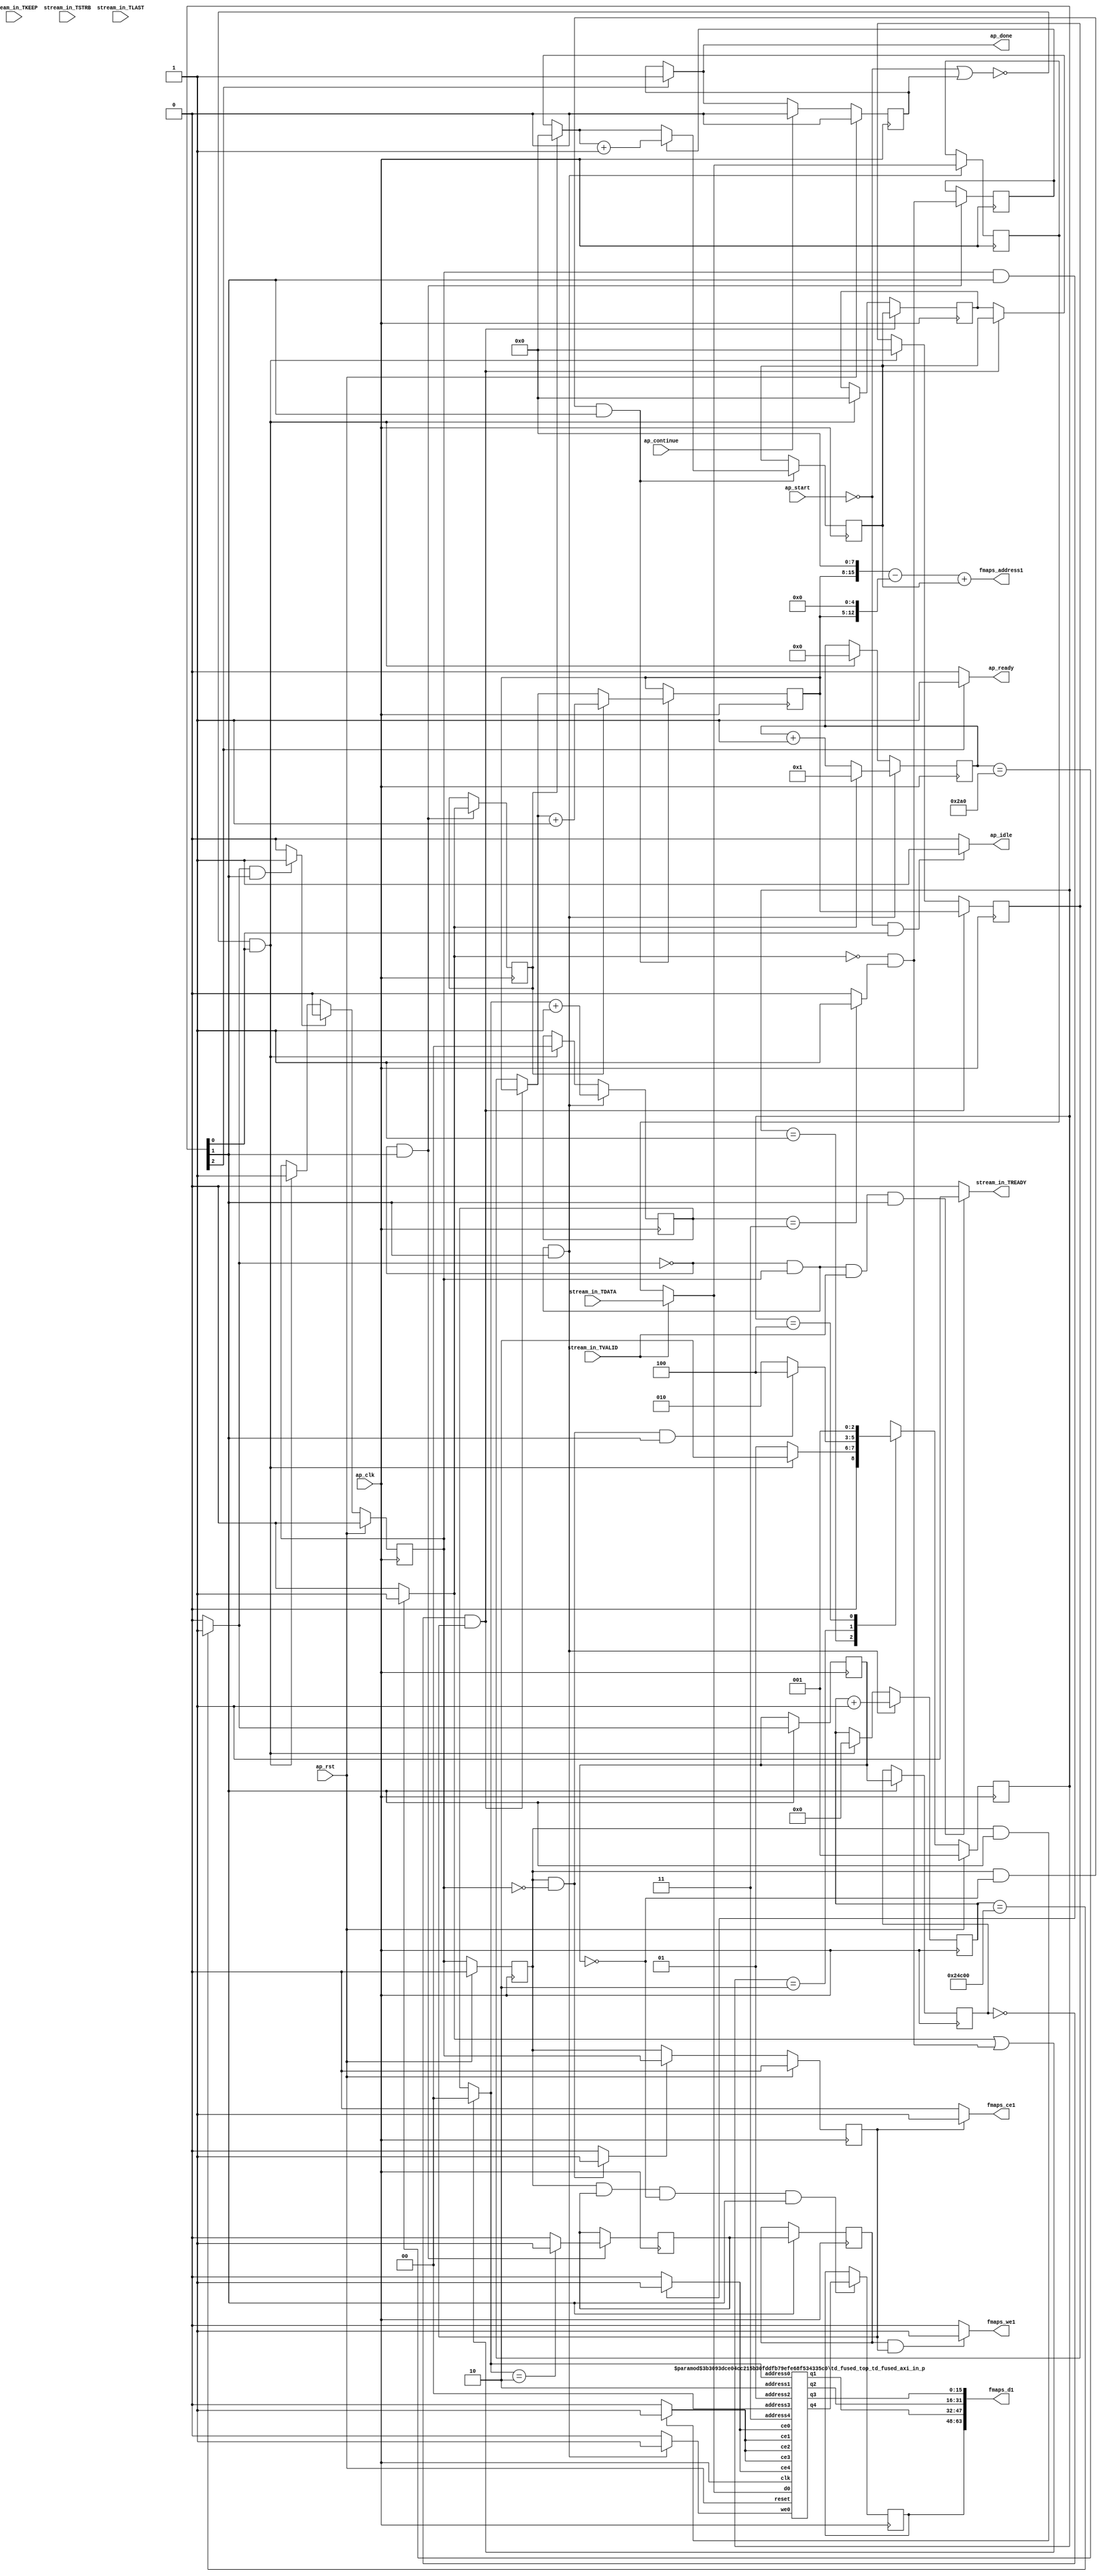
`define EXPONENT 5
`define MANTISSA 10
`define ACTUAL_MANTISSA 11
`define EXPONENT_LSB 10
`define EXPONENT_MSB 14
`define MANTISSA_LSB 0
`define MANTISSA_MSB 9
`define MANTISSA_MUL_SPLIT_LSB 3
`define MANTISSA_MUL_SPLIT_MSB 9
`define SIGN 1
`define SIGN_LOC 15
`define DWIDTH (`SIGN+`EXPONENT+`MANTISSA)
`define IEEE_COMPLIANCE 1

module td_fused_top_td_fused_axi_in (
        ap_clk,
        ap_rst,
        ap_start,
        ap_done,
        ap_continue,
        ap_idle,
        ap_ready,
        stream_in_TDATA,
        stream_in_TVALID,
        stream_in_TREADY,
        stream_in_TKEEP,
        stream_in_TSTRB,
        stream_in_TLAST,
        fmaps_address1,
        fmaps_ce1,
        fmaps_we1,
        fmaps_d1
);

parameter    ap_ST_fsm_state1 = 3'd1;
parameter    ap_ST_fsm_pp0_stage0 = 3'd2;
parameter    ap_ST_fsm_state5 = 3'd4;

input   ap_clk;
input   ap_rst;
input   ap_start;
output   ap_done;
input   ap_continue;
output   ap_idle;
output   ap_ready;
input  [15:0] stream_in_TDATA;
input   stream_in_TVALID;
output   stream_in_TREADY;
input  [1:0] stream_in_TKEEP;
input  [1:0] stream_in_TSTRB;
input  [0:0] stream_in_TLAST;
output  [15:0] fmaps_address1;
output   fmaps_ce1;
output   fmaps_we1;
output  [63:0] fmaps_d1;

reg ap_done;
reg ap_idle;
reg ap_ready;
reg stream_in_TREADY;
reg fmaps_ce1;
reg fmaps_we1;

reg    ap_done_reg;
  reg   [2:0] ap_CS_fsm;
wire    ap_CS_fsm_state1;
reg   [17:0] indvar_flatten16_reg_187;
reg   [9:0] indvar_flatten_reg_198;
reg   [1:0] ch_reg_209;
reg   [7:0] r_reg_220;
reg   [7:0] c_reg_231;
wire   [17:0] add_ln17_fu_242_p2;
wire    ap_CS_fsm_pp0_stage0;
reg    ap_enable_reg_pp0_iter0;
wire    ap_block_state2_pp0_stage0_iter0;
wire    ap_block_state3_pp0_stage0_iter1;
wire    ap_block_state4_pp0_stage0_iter2;
wire    ap_block_pp0_stage0_11001;
wire   [0:0] icmp_ln17_fu_248_p2;
reg   [0:0] icmp_ln17_reg_482;
reg   [0:0] icmp_ln17_reg_482_pp0_iter1_reg;
wire   [0:0] icmp_ln18_fu_257_p2;
reg   [0:0] icmp_ln18_reg_486;
wire   [0:0] and_ln22_fu_275_p2;
reg   [0:0] and_ln22_reg_492;
wire   [0:0] icmp_ln25_fu_321_p2;
reg   [0:0] icmp_ln25_reg_497;
reg   [0:0] icmp_ln25_reg_497_pp0_iter1_reg;
wire   [1:0] add_ln20_fu_332_p2;
wire   [9:0] select_ln18_fu_344_p3;
wire   [7:0] select_ln22_1_fu_365_p3;
reg   [7:0] select_ln22_1_reg_511;
reg    ap_enable_reg_pp0_iter1;
wire   [7:0] select_ln19_55_fu_378_p3;
reg   [7:0] select_ln19_55_reg_518;
wire   [15:0] p_q4;
reg   [15:0] p_load_3_reg_524;
reg    ap_block_state1;
wire    ap_block_pp0_stage0_subdone;
reg    ap_condition_pp0_flush_enable;
reg    ap_condition_pp0_exit_iter1_state3;
reg    ap_enable_reg_pp0_iter2;
wire   [1:0] p_address0;
reg    p_ce0;
reg    p_we0;
wire   [15:0] p_d0;
wire   [1:0] p_address1;
reg    p_ce1;
wire   [15:0] p_q1;
wire   [1:0] p_address2;
reg    p_ce2;
wire   [15:0] p_q2;
wire   [1:0] p_address3;
reg    p_ce3;
wire   [15:0] p_q3;
wire   [1:0] p_address4;
reg    p_ce4;
reg   [7:0] ap_phi_mux_r_phi_fu_224_p4;
wire    ap_block_pp0_stage0;
reg   [7:0] ap_phi_mux_c_phi_fu_235_p4;
wire   [63:0] zext_ln20_fu_295_p1;
wire   [63:0] zext_ln27_2_fu_418_p1;
reg   [15:0] tmp_data_1_fu_90;
wire   [15:0] tmp_data_fu_312_p3;
wire   [0:0] empty_169_nbread_fu_98_p5_0;
wire   [0:0] icmp_ln20_fu_269_p2;
wire   [0:0] xor_ln22_fu_263_p2;
wire   [0:0] or_ln19_fu_281_p2;
wire   [1:0] select_ln19_fu_287_p3;
wire   [15:0] tmp_data_2_fu_308_p1;
wire   [9:0] add_ln18_2_fu_338_p2;
wire   [7:0] r_2_fu_352_p2;
wire   [7:0] select_ln22_fu_358_p3;
wire   [7:0] c_2_fu_372_p2;
wire   [12:0] tmp_76_fu_392_p3;
wire   [15:0] tmp_fu_385_p3;
wire   [15:0] zext_ln27_fu_399_p1;
wire   [15:0] sub_ln27_fu_403_p2;
wire   [15:0] zext_ln27_1_fu_409_p1;
wire   [15:0] add_ln27_fu_412_p2;
wire   [15:0] bitcast_ln27_3_fu_435_p1;
wire   [15:0] bitcast_ln27_2_fu_431_p1;
wire   [15:0] bitcast_ln27_1_fu_427_p1;
wire   [15:0] bitcast_ln27_fu_423_p1;
wire    ap_CS_fsm_state5;
reg   [2:0] ap_NS_fsm;
reg    ap_idle_pp0;
wire    ap_enable_pp0;
wire    ap_ce_reg;

// power-on initialization
initial begin
#0 ap_done_reg = 1'b0;
#0 ap_CS_fsm = 3'd1;
#0 ap_enable_reg_pp0_iter0 = 1'b0;
#0 ap_enable_reg_pp0_iter1 = 1'b0;
#0 ap_enable_reg_pp0_iter2 = 1'b0;
end

td_fused_top_td_fused_axi_in_p #(
    .DataWidth( 16 ),
    .AddressRange( 4 ),
    .AddressWidth( 2 ))
p_U(
    .reset(ap_rst),
    .clk(ap_clk),
    .address0(p_address0),
    .ce0(p_ce0),
    .we0(p_we0),
    .d0(p_d0),
    .address1(p_address1),
    .ce1(p_ce1),
    .q1(p_q1),
    .address2(p_address2),
    .ce2(p_ce2),
    .q2(p_q2),
    .address3(p_address3),
    .ce3(p_ce3),
    .q3(p_q3),
    .address4(p_address4),
    .ce4(p_ce4),
    .q4(p_q4)
);

always @ (posedge ap_clk) begin
    if (ap_rst == 1'b1) begin
        ap_CS_fsm <= ap_ST_fsm_state1;
    end else begin
        ap_CS_fsm <= ap_NS_fsm;
    end
end

always @ (posedge ap_clk) begin
    if (ap_rst == 1'b1) begin
        ap_done_reg <= 1'b0;
    end else begin
        if ((ap_continue == 1'b1)) begin
            ap_done_reg <= 1'b0;
        end else if ((1'b1 == ap_CS_fsm_state5)) begin
            ap_done_reg <= 1'b1;
        end
    end
end

always @ (posedge ap_clk) begin
    if (ap_rst == 1'b1) begin
        ap_enable_reg_pp0_iter0 <= 1'b0;
    end else begin
        if ((1'b1 == ap_condition_pp0_flush_enable)) begin
            ap_enable_reg_pp0_iter0 <= 1'b0;
        end else if ((~((ap_start == 1'b0) | (ap_done_reg == 1'b1)) & (1'b1 == ap_CS_fsm_state1))) begin
            ap_enable_reg_pp0_iter0 <= 1'b1;
        end
    end
end

always @ (posedge ap_clk) begin
    if (ap_rst == 1'b1) begin
        ap_enable_reg_pp0_iter1 <= 1'b0;
    end else begin
        if ((1'b0 == ap_block_pp0_stage0_subdone)) begin
            ap_enable_reg_pp0_iter1 <= ap_enable_reg_pp0_iter0;
        end else if ((((1'b0 == ap_block_pp0_stage0_subdone) & (ap_enable_reg_pp0_iter0 == 1'b0) & (1'b1 == ap_condition_pp0_exit_iter1_state3)) | (~((ap_start == 1'b0) | (ap_done_reg == 1'b1)) & (1'b1 == ap_CS_fsm_state1)))) begin
            ap_enable_reg_pp0_iter1 <= 1'b0;
        end
    end
end

always @ (posedge ap_clk) begin
    if (ap_rst == 1'b1) begin
        ap_enable_reg_pp0_iter2 <= 1'b0;
    end else begin
        if (((1'b0 == ap_block_pp0_stage0_subdone) & (1'b1 == ap_condition_pp0_exit_iter1_state3))) begin
            ap_enable_reg_pp0_iter2 <= ap_enable_reg_pp0_iter0;
        end else if ((1'b0 == ap_block_pp0_stage0_subdone)) begin
            ap_enable_reg_pp0_iter2 <= ap_enable_reg_pp0_iter1;
        end else if ((~((ap_start == 1'b0) | (ap_done_reg == 1'b1)) & (1'b1 == ap_CS_fsm_state1))) begin
            ap_enable_reg_pp0_iter2 <= 1'b0;
        end
    end
end

always @ (posedge ap_clk) begin
    if (((icmp_ln17_reg_482_pp0_iter1_reg == 1'd0) & (1'b0 == ap_block_pp0_stage0_11001) & (ap_enable_reg_pp0_iter2 == 1'b1))) begin
        c_reg_231 <= select_ln19_55_reg_518;
    end else if ((~((ap_start == 1'b0) | (ap_done_reg == 1'b1)) & (1'b1 == ap_CS_fsm_state1))) begin
        c_reg_231 <= 8'd0;
    end
end

always @ (posedge ap_clk) begin
    if (((icmp_ln17_fu_248_p2 == 1'd0) & (1'b0 == ap_block_pp0_stage0_11001) & (ap_enable_reg_pp0_iter0 == 1'b1) & (1'b1 == ap_CS_fsm_pp0_stage0))) begin
        ch_reg_209 <= add_ln20_fu_332_p2;
    end else if ((~((ap_start == 1'b0) | (ap_done_reg == 1'b1)) & (1'b1 == ap_CS_fsm_state1))) begin
        ch_reg_209 <= 2'd0;
    end
end

always @ (posedge ap_clk) begin
    if (((icmp_ln17_fu_248_p2 == 1'd0) & (1'b0 == ap_block_pp0_stage0_11001) & (ap_enable_reg_pp0_iter0 == 1'b1) & (1'b1 == ap_CS_fsm_pp0_stage0))) begin
        indvar_flatten16_reg_187 <= add_ln17_fu_242_p2;
    end else if ((~((ap_start == 1'b0) | (ap_done_reg == 1'b1)) & (1'b1 == ap_CS_fsm_state1))) begin
        indvar_flatten16_reg_187 <= 18'd0;
    end
end

always @ (posedge ap_clk) begin
    if (((icmp_ln17_fu_248_p2 == 1'd0) & (1'b0 == ap_block_pp0_stage0_11001) & (ap_enable_reg_pp0_iter0 == 1'b1) & (1'b1 == ap_CS_fsm_pp0_stage0))) begin
        indvar_flatten_reg_198 <= select_ln18_fu_344_p3;
    end else if ((~((ap_start == 1'b0) | (ap_done_reg == 1'b1)) & (1'b1 == ap_CS_fsm_state1))) begin
        indvar_flatten_reg_198 <= 10'd0;
    end
end

always @ (posedge ap_clk) begin
    if (((icmp_ln17_reg_482_pp0_iter1_reg == 1'd0) & (1'b0 == ap_block_pp0_stage0_11001) & (ap_enable_reg_pp0_iter2 == 1'b1))) begin
        r_reg_220 <= select_ln22_1_reg_511;
    end else if ((~((ap_start == 1'b0) | (ap_done_reg == 1'b1)) & (1'b1 == ap_CS_fsm_state1))) begin
        r_reg_220 <= 8'd0;
    end
end

always @ (posedge ap_clk) begin
    if (((icmp_ln17_fu_248_p2 == 1'd0) & (1'b0 == ap_block_pp0_stage0_11001) & (1'b1 == ap_CS_fsm_pp0_stage0))) begin
        and_ln22_reg_492 <= and_ln22_fu_275_p2;
        icmp_ln18_reg_486 <= icmp_ln18_fu_257_p2;
        icmp_ln25_reg_497 <= icmp_ln25_fu_321_p2;
    end
end

always @ (posedge ap_clk) begin
    if (((1'b0 == ap_block_pp0_stage0_11001) & (1'b1 == ap_CS_fsm_pp0_stage0))) begin
        icmp_ln17_reg_482 <= icmp_ln17_fu_248_p2;
        icmp_ln17_reg_482_pp0_iter1_reg <= icmp_ln17_reg_482;
        icmp_ln25_reg_497_pp0_iter1_reg <= icmp_ln25_reg_497;
    end
end

always @ (posedge ap_clk) begin
    if (((ap_enable_reg_pp0_iter1 == 1'b1) & (icmp_ln25_reg_497 == 1'd1) & (icmp_ln17_reg_482 == 1'd0) & (1'b0 == ap_block_pp0_stage0_11001) & (1'b1 == ap_CS_fsm_pp0_stage0))) begin
        p_load_3_reg_524 <= p_q4;
    end
end

always @ (posedge ap_clk) begin
    if (((ap_enable_reg_pp0_iter1 == 1'b1) & (icmp_ln17_reg_482 == 1'd0) & (1'b0 == ap_block_pp0_stage0_11001) & (1'b1 == ap_CS_fsm_pp0_stage0))) begin
        select_ln19_55_reg_518 <= select_ln19_55_fu_378_p3;
        select_ln22_1_reg_511 <= select_ln22_1_fu_365_p3;
    end
end

always @ (posedge ap_clk) begin
    if (((icmp_ln17_fu_248_p2 == 1'd0) & (1'b0 == ap_block_pp0_stage0_11001) & (ap_enable_reg_pp0_iter0 == 1'b1) & (1'b1 == ap_CS_fsm_pp0_stage0))) begin
        tmp_data_1_fu_90 <= tmp_data_fu_312_p3;
    end
end

always @ (*) begin
    if (((ap_enable_reg_pp0_iter1 == 1'b1) & (ap_enable_reg_pp0_iter0 == 1'b0))) begin
        ap_condition_pp0_exit_iter1_state3 = 1'b1;
    end else begin
        ap_condition_pp0_exit_iter1_state3 = 1'b0;
    end
end

always @ (*) begin
    if (((icmp_ln17_fu_248_p2 == 1'd1) & (1'b0 == ap_block_pp0_stage0_subdone) & (1'b1 == ap_CS_fsm_pp0_stage0))) begin
        ap_condition_pp0_flush_enable = 1'b1;
    end else begin
        ap_condition_pp0_flush_enable = 1'b0;
    end
end

always @ (*) begin
    if ((1'b1 == ap_CS_fsm_state5)) begin
        ap_done = 1'b1;
    end else begin
        ap_done = ap_done_reg;
    end
end

always @ (*) begin
    if (((ap_start == 1'b0) & (1'b1 == ap_CS_fsm_state1))) begin
        ap_idle = 1'b1;
    end else begin
        ap_idle = 1'b0;
    end
end

always @ (*) begin
    if (((ap_enable_reg_pp0_iter1 == 1'b0) & (ap_enable_reg_pp0_iter0 == 1'b0) & (ap_enable_reg_pp0_iter2 == 1'b0))) begin
        ap_idle_pp0 = 1'b1;
    end else begin
        ap_idle_pp0 = 1'b0;
    end
end

always @ (*) begin
    if (((icmp_ln17_reg_482_pp0_iter1_reg == 1'd0) & (1'b0 == ap_block_pp0_stage0) & (ap_enable_reg_pp0_iter2 == 1'b1))) begin
        ap_phi_mux_c_phi_fu_235_p4 = select_ln19_55_reg_518;
    end else begin
        ap_phi_mux_c_phi_fu_235_p4 = c_reg_231;
    end
end

always @ (*) begin
    if (((icmp_ln17_reg_482_pp0_iter1_reg == 1'd0) & (1'b0 == ap_block_pp0_stage0) & (ap_enable_reg_pp0_iter2 == 1'b1))) begin
        ap_phi_mux_r_phi_fu_224_p4 = select_ln22_1_reg_511;
    end else begin
        ap_phi_mux_r_phi_fu_224_p4 = r_reg_220;
    end
end

always @ (*) begin
    if ((1'b1 == ap_CS_fsm_state5)) begin
        ap_ready = 1'b1;
    end else begin
        ap_ready = 1'b0;
    end
end

always @ (*) begin
    if (((1'b0 == ap_block_pp0_stage0_11001) & (ap_enable_reg_pp0_iter2 == 1'b1))) begin
        fmaps_ce1 = 1'b1;
    end else begin
        fmaps_ce1 = 1'b0;
    end
end

always @ (*) begin
    if (((icmp_ln25_reg_497_pp0_iter1_reg == 1'd1) & (1'b0 == ap_block_pp0_stage0_11001) & (ap_enable_reg_pp0_iter2 == 1'b1))) begin
        fmaps_we1 = 1'b1;
    end else begin
        fmaps_we1 = 1'b0;
    end
end

always @ (*) begin
    if (((1'b0 == ap_block_pp0_stage0_11001) & (ap_enable_reg_pp0_iter0 == 1'b1) & (1'b1 == ap_CS_fsm_pp0_stage0))) begin
        p_ce0 = 1'b1;
    end else begin
        p_ce0 = 1'b0;
    end
end

always @ (*) begin
    if (((ap_enable_reg_pp0_iter1 == 1'b1) & (1'b0 == ap_block_pp0_stage0_11001) & (1'b1 == ap_CS_fsm_pp0_stage0))) begin
        p_ce1 = 1'b1;
    end else begin
        p_ce1 = 1'b0;
    end
end

always @ (*) begin
    if (((ap_enable_reg_pp0_iter1 == 1'b1) & (1'b0 == ap_block_pp0_stage0_11001) & (1'b1 == ap_CS_fsm_pp0_stage0))) begin
        p_ce2 = 1'b1;
    end else begin
        p_ce2 = 1'b0;
    end
end

always @ (*) begin
    if (((ap_enable_reg_pp0_iter1 == 1'b1) & (1'b0 == ap_block_pp0_stage0_11001) & (1'b1 == ap_CS_fsm_pp0_stage0))) begin
        p_ce3 = 1'b1;
    end else begin
        p_ce3 = 1'b0;
    end
end

always @ (*) begin
    if (((1'b0 == ap_block_pp0_stage0_11001) & (ap_enable_reg_pp0_iter0 == 1'b1) & (1'b1 == ap_CS_fsm_pp0_stage0))) begin
        p_ce4 = 1'b1;
    end else begin
        p_ce4 = 1'b0;
    end
end

always @ (*) begin
    if (((icmp_ln17_fu_248_p2 == 1'd0) & (1'b0 == ap_block_pp0_stage0_11001) & (ap_enable_reg_pp0_iter0 == 1'b1) & (1'b1 == ap_CS_fsm_pp0_stage0))) begin
        p_we0 = 1'b1;
    end else begin
        p_we0 = 1'b0;
    end
end

always @ (*) begin
    if (((icmp_ln17_fu_248_p2 == 1'd0) & (1'b0 == ap_block_pp0_stage0_11001) & (ap_enable_reg_pp0_iter0 == 1'b1) & (stream_in_TVALID == 1'b1) & (1'b1 == ap_CS_fsm_pp0_stage0))) begin
        stream_in_TREADY = 1'b1;
    end else begin
        stream_in_TREADY = 1'b0;
    end
end

always @ (*) begin
    case (ap_CS_fsm)
        ap_ST_fsm_state1 : begin
            if ((~((ap_start == 1'b0) | (ap_done_reg == 1'b1)) & (1'b1 == ap_CS_fsm_state1))) begin
                ap_NS_fsm = ap_ST_fsm_pp0_stage0;
            end else begin
                ap_NS_fsm = ap_ST_fsm_state1;
            end
        end
        ap_ST_fsm_pp0_stage0 : begin
            if (~((ap_enable_reg_pp0_iter1 == 1'b1) & (1'b0 == ap_block_pp0_stage0_subdone) & (ap_enable_reg_pp0_iter0 == 1'b0) & (1'b1 == ap_CS_fsm_pp0_stage0))) begin
                ap_NS_fsm = ap_ST_fsm_pp0_stage0;
            end else if (((ap_enable_reg_pp0_iter1 == 1'b1) & (1'b0 == ap_block_pp0_stage0_subdone) & (ap_enable_reg_pp0_iter0 == 1'b0) & (1'b1 == ap_CS_fsm_pp0_stage0))) begin
                ap_NS_fsm = ap_ST_fsm_state5;
            end else begin
                ap_NS_fsm = ap_ST_fsm_pp0_stage0;
            end
        end
        ap_ST_fsm_state5 : begin
            ap_NS_fsm = ap_ST_fsm_state1;
        end
        default : begin
            ap_NS_fsm = 'bx;
        end
    endcase
end

assign add_ln17_fu_242_p2 = (indvar_flatten16_reg_187 + 18'd1);

assign add_ln18_2_fu_338_p2 = (indvar_flatten_reg_198 + 10'd1);

assign add_ln20_fu_332_p2 = (select_ln19_fu_287_p3 + 2'd1);

assign add_ln27_fu_412_p2 = (sub_ln27_fu_403_p2 + zext_ln27_1_fu_409_p1);

assign and_ln22_fu_275_p2 = (xor_ln22_fu_263_p2 & icmp_ln20_fu_269_p2);

assign ap_CS_fsm_pp0_stage0 = ap_CS_fsm[32'd1];

assign ap_CS_fsm_state1 = ap_CS_fsm[32'd0];

assign ap_CS_fsm_state5 = ap_CS_fsm[32'd2];

assign ap_block_pp0_stage0 = ~(1'b1 == 1'b1);

assign ap_block_pp0_stage0_11001 = ~(1'b1 == 1'b1);

assign ap_block_pp0_stage0_subdone = ~(1'b1 == 1'b1);

always @ (*) begin
    ap_block_state1 = ((ap_start == 1'b0) | (ap_done_reg == 1'b1));
end

assign ap_block_state2_pp0_stage0_iter0 = ~(1'b1 == 1'b1);

assign ap_block_state3_pp0_stage0_iter1 = ~(1'b1 == 1'b1);

assign ap_block_state4_pp0_stage0_iter2 = ~(1'b1 == 1'b1);

assign ap_enable_pp0 = (ap_idle_pp0 ^ 1'b1);

assign bitcast_ln27_1_fu_427_p1 = p_q2;

assign bitcast_ln27_2_fu_431_p1 = p_q1;

assign bitcast_ln27_3_fu_435_p1 = p_load_3_reg_524;

assign bitcast_ln27_fu_423_p1 = p_q3;

assign c_2_fu_372_p2 = (select_ln22_fu_358_p3 + 8'd1);

assign empty_169_nbread_fu_98_p5_0 = stream_in_TVALID;

assign fmaps_address1 = zext_ln27_2_fu_418_p1;

assign fmaps_d1 = {{{{bitcast_ln27_3_fu_435_p1}, {bitcast_ln27_2_fu_431_p1}}, {bitcast_ln27_1_fu_427_p1}}, {bitcast_ln27_fu_423_p1}};

assign icmp_ln17_fu_248_p2 = ((indvar_flatten16_reg_187 == 18'd150528) ? 1'b1 : 1'b0);

assign icmp_ln18_fu_257_p2 = ((indvar_flatten_reg_198 == 10'd672) ? 1'b1 : 1'b0);

assign icmp_ln20_fu_269_p2 = ((ch_reg_209 == 2'd3) ? 1'b1 : 1'b0);

assign icmp_ln25_fu_321_p2 = ((select_ln19_fu_287_p3 == 2'd2) ? 1'b1 : 1'b0);

assign or_ln19_fu_281_p2 = (icmp_ln18_fu_257_p2 | and_ln22_fu_275_p2);

assign p_address0 = zext_ln20_fu_295_p1;

assign p_address1 = 64'd2;

assign p_address2 = 64'd1;

assign p_address3 = 64'd0;

assign p_address4 = 64'd3;

assign p_d0 = ((empty_169_nbread_fu_98_p5_0[0:0] == 1'b1) ? tmp_data_2_fu_308_p1 : tmp_data_1_fu_90);

assign r_2_fu_352_p2 = (ap_phi_mux_r_phi_fu_224_p4 + 8'd1);

assign select_ln18_fu_344_p3 = ((icmp_ln18_fu_257_p2[0:0] == 1'b1) ? 10'd1 : add_ln18_2_fu_338_p2);

assign select_ln19_55_fu_378_p3 = ((and_ln22_reg_492[0:0] == 1'b1) ? c_2_fu_372_p2 : select_ln22_fu_358_p3);

assign select_ln19_fu_287_p3 = ((or_ln19_fu_281_p2[0:0] == 1'b1) ? 2'd0 : ch_reg_209);

assign select_ln22_1_fu_365_p3 = ((icmp_ln18_reg_486[0:0] == 1'b1) ? r_2_fu_352_p2 : ap_phi_mux_r_phi_fu_224_p4);

assign select_ln22_fu_358_p3 = ((icmp_ln18_reg_486[0:0] == 1'b1) ? 8'd0 : ap_phi_mux_c_phi_fu_235_p4);

assign sub_ln27_fu_403_p2 = (tmp_fu_385_p3 - zext_ln27_fu_399_p1);

assign tmp_76_fu_392_p3 = {{select_ln22_1_reg_511}, {5'd0}};

assign tmp_data_2_fu_308_p1 = stream_in_TDATA;

assign tmp_data_fu_312_p3 = ((empty_169_nbread_fu_98_p5_0[0:0] == 1'b1) ? tmp_data_2_fu_308_p1 : tmp_data_1_fu_90);

assign tmp_fu_385_p3 = {{select_ln22_1_reg_511}, {8'd0}};

assign xor_ln22_fu_263_p2 = (icmp_ln18_fu_257_p2 ^ 1'd1);

assign zext_ln20_fu_295_p1 = select_ln19_fu_287_p3;

assign zext_ln27_1_fu_409_p1 = select_ln19_55_reg_518;

assign zext_ln27_2_fu_418_p1 = add_ln27_fu_412_p2;

assign zext_ln27_fu_399_p1 = tmp_76_fu_392_p3;

endmodule //td_fused_top_td_fused_axi_in
module td_fused_top_td_fused_axi_in_p(
    reset,
    clk,
    address0,
    ce0,
    we0,
    d0,
    address1,
    ce1,
    q1,
    address2,
    ce2,
    q2,
    address3,
    ce3,
    q3,
    address4,
    ce4,
    q4);

parameter DataWidth = 32'd16;
parameter AddressRange = 32'd4;
parameter AddressWidth = 32'd2;
input reset;
input clk;
input[AddressWidth - 1:0] address0;
input ce0;
input we0;
input[DataWidth - 1:0] d0;
input[AddressWidth - 1:0] address1;
input ce1;
output[DataWidth - 1:0] q1;
input[AddressWidth - 1:0] address2;
input ce2;
output[DataWidth - 1:0] q2;
input[AddressWidth - 1:0] address3;
input ce3;
output[DataWidth - 1:0] q3;
input[AddressWidth - 1:0] address4;
input ce4;
output[DataWidth - 1:0] q4;



td_fused_top_td_fused_axi_in_p_ram td_fused_top_td_fused_axi_in_p_ram_U(
    .clk( clk ),
    .addr0( address0 ),
    .ce0( ce0 ),
    .we0( we0 ),
    .d0( d0 ),
    .addr1( address1 ),
    .ce1( ce1 ),
    .q1( q1 ),
    .addr2( address2 ),
    .ce2( ce2 ),
    .q2( q2 ),
    .addr3( address3 ),
    .ce3( ce3 ),
    .q3( q3 ),
    .addr4( address4 ),
    .ce4( ce4 ),
    .q4( q4 )
);

endmodule
module td_fused_top_td_fused_axi_in_p_ram (addr0, ce0, d0, we0, addr1, ce1, q1, addr2, ce2, q2, addr3, ce3, q3, addr4, ce4, q4,  clk);

parameter DWIDTH = 16;
parameter AWIDTH = 2;
parameter MEM_SIZE = 4;

input[AWIDTH-1:0] addr0;
input ce0;
input[DWIDTH-1:0] d0;
input we0;
input[AWIDTH-1:0] addr1;
input ce1;
output reg[DWIDTH-1:0] q1;
input[AWIDTH-1:0] addr2;
input ce2;
output reg[DWIDTH-1:0] q2;
input[AWIDTH-1:0] addr3;
input ce3;
output reg[DWIDTH-1:0] q3;
input[AWIDTH-1:0] addr4;
input ce4;
output reg[DWIDTH-1:0] q4;
input clk;

reg [DWIDTH-1:0] ram0[MEM_SIZE-1:0];
reg [DWIDTH-1:0] ram1[MEM_SIZE-1:0];
reg [DWIDTH-1:0] ram2[MEM_SIZE-1:0];
reg [DWIDTH-1:0] ram3[MEM_SIZE-1:0];



always @(posedge clk)  
begin 
    if (ce0) begin
        if (we0) 
            ram0[addr0] <= d0; 
    end
end


always @(posedge clk)  
begin 
    if (ce1) begin
        q1 <= ram0[addr1];
    end
end


always @(posedge clk)  
begin 
    if (ce0) begin
        if (we0) 
            ram1[addr0] <= d0; 
    end
end

always @(posedge clk)  
begin 
    if (ce2) begin
        q2 <= ram1[addr2];
    end
end


always @(posedge clk)  
begin 
    if (ce0) begin
        if (we0) 
            ram2[addr0] <= d0; 
    end
end

always @(posedge clk)  
begin 
    if (ce3) begin
        q3 <= ram2[addr3];
    end
end


always @(posedge clk)  
begin 
    if (ce0) begin
        if (we0) 
            ram3[addr0] <= d0; 
    end
end

always @(posedge clk)  
begin 
    if (ce4) begin
        q4 <= ram3[addr4];
    end
end


endmodule